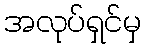
အလုပ်ရှင်မှ